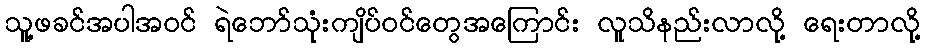
သူ့ဖခင်အပါအဝင် ရဲဘော်သုံးကျိပ်ဝင်တွေအကြောင်း လူသိနည်းလာလို့ ရေးတာလို့